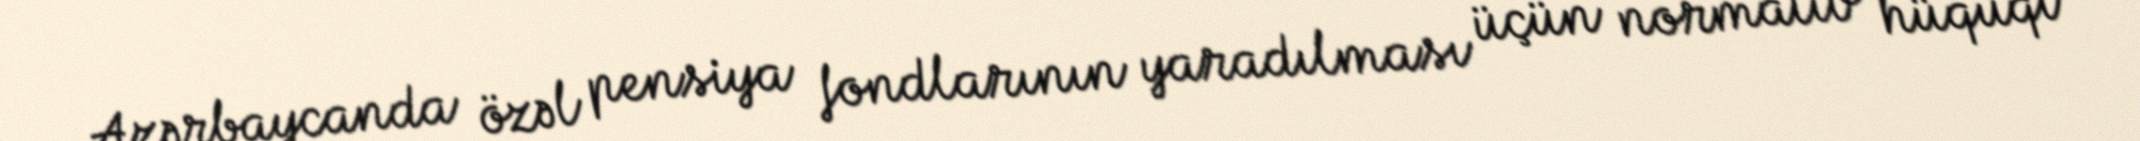
Azərbaycanda özəl pensiya fondlarının yaradılması üçün normativ hüquqi